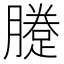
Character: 𨃗